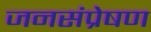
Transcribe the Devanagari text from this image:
जनसंप्रेषण